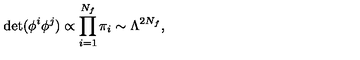
\det ( \phi ^ { i } \phi ^ { j } ) \propto \prod _ { i = 1 } ^ { N _ { f } } \pi _ { i } \sim \Lambda ^ { 2 N _ { f } } ,